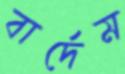
বার্দেম